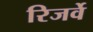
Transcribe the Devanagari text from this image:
रिजर्वे